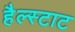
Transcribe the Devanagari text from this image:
हैल्स्टाट